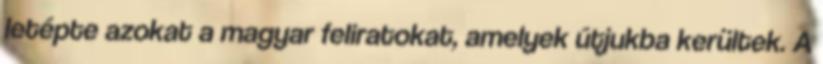
letépte azokat a magyar feliratokat, amelyek útjukba kerültek. A